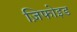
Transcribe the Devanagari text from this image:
ज़िफोइड